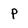
Character: p